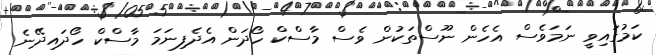
ކަމުގައިވީ ނަމަވެސް އެހެން ނޫސްތަކުން ވެސް މާސްކް ހޯދަން އެދެފިނަމަ މާސްކް ހޯދައިދޭނެ